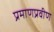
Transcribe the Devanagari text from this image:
प्रमाणप्रवीण